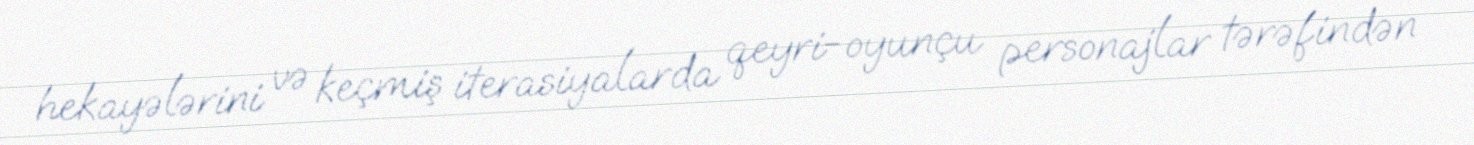
hekayələrini və keçmiş iterasiyalarda qeyri-oyunçu personajlar tərəfindən